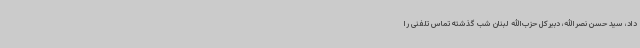
داد، سید حسن نصرالله،‌ دبیرکل حزب‌الله لبنان شب گذشته تماس تلفنی را